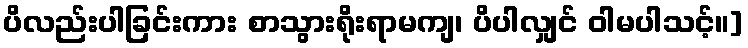
ပိလည်းပါခြင်းကား စာသွားရိုးရာမကျ၊ ပိပါလျှင် ဝါမပါသင့်။]